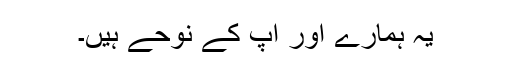
یہ ہمارے اور آپ کے نوحے ہیں۔